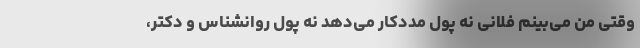
وقتی من می‌بینم فلانی نه پول مددکار می‌دهد نه پول روانشناس و دکتر،